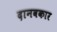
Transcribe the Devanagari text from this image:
दानवकार